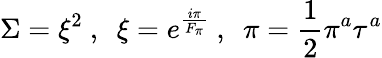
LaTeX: \Sigma=\xi^{2}\ ,\ \ \xi=e^{\frac{i\pi}{F_{\pi}}}\ ,\ \ \pi={\frac{1}{2}}\pi^{a}\tau^{a}